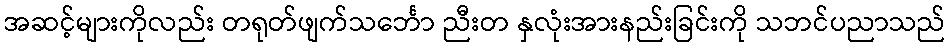
အဆင့်များကိုလည်း တရုတ်ဖျက်သင်္ဘော ညီးတ နှလုံးအားနည်းခြင်းကို သဘင်ပညာသည်